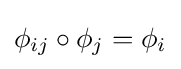
\phi _{ij}\circ \phi _{j}=\phi _{i}